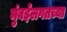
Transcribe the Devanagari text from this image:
मुंबईलगतच्या